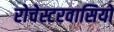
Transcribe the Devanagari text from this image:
रोचेस्टरवासियों